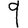
Digit: 9